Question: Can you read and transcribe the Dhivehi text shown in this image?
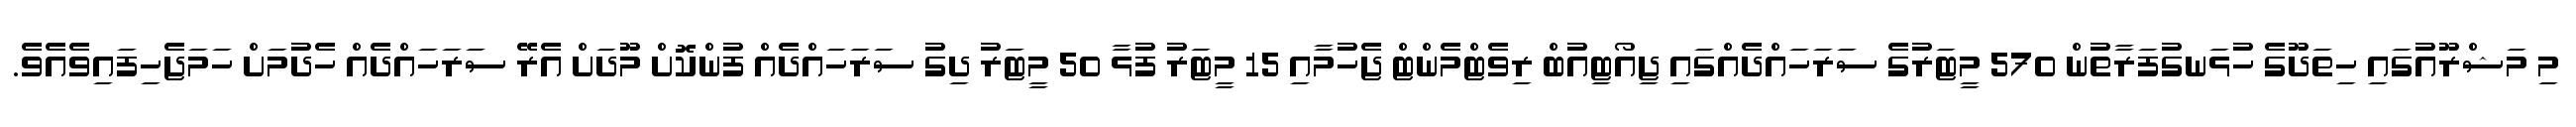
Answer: މި މަޝްރޫއުގައި ހިތަދޫގެ ހުޅަނގުފަރާތުން 570 މީޓަރުގެ ސަރަހައްދެއްގައި ޖިއޯޓިއުބް ރިވެޓްމެންޓް ޖެހުމާއި 15 މީޓަރު ފުޅާ 50 މީޓަރު ދިގު ސަރަހައްދެއް ފުންކޮށް މޫދަށް އެރޭ ސަރަހައްދެއް ހެދުމަށް ހަމަޖެހިފައިވެއެވެ.